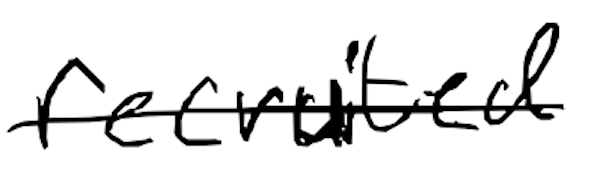
Text: recruited
Cross-out: single-line
Writing tool: digital_black